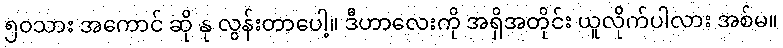
၅၀သား အကောင် ဆို နု လွန်းတာပေါ့။ ဒီဟာလေးကို အရှိအတိုင်း ယူလိုက်ပါလား အစ်မ။